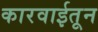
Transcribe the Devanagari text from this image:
कारवाईतून